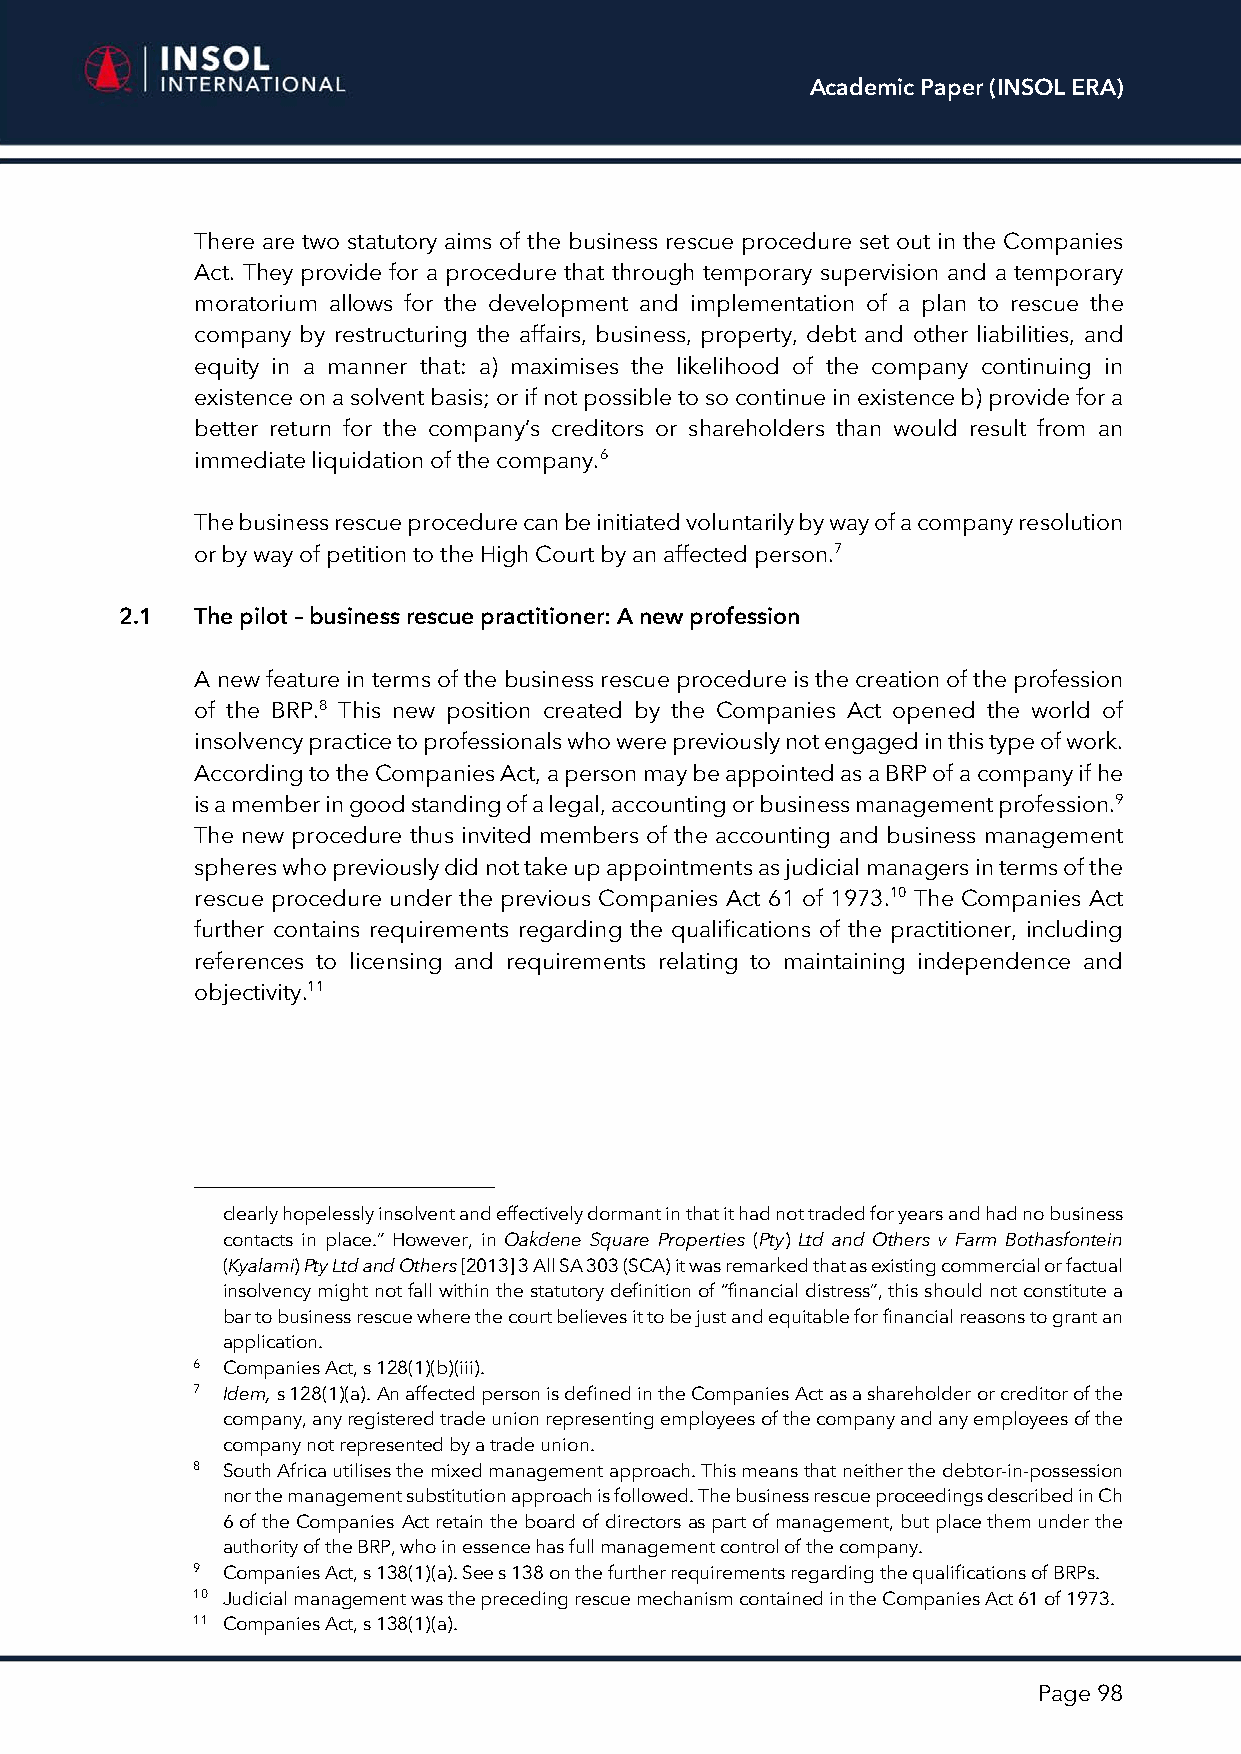
Academic Paper (INSOL ERA)
 There are two statutory aims of the business rescue procedure set out in the Companies
 Act. They provide for a procedure that through temporary supervision and a temporary
 moratorium allows for the development and implementation of a plan to rescue the
 company by restructuring the affairs, business, property, debt and other liabilities, and
 equity in a manner that: a) maximises the likelihood of the company continuing in
 existence on a solvent basis; or if not possible to so continue in existence b) provide for a
 better return for the company’s creditors or shareholders than would result from an
 immediate liquidation of the company.6
 The business rescue procedure can be initiated voluntarily by way of a company resolution
 or by way of petition to the High Court by an affected person.7
 2.1  The pilot – business rescue practitioner: A new profession
 A new feature in terms of the business rescue procedure is the creation of the profession
 of the BRP.8 This new position created by the Companies Act opened the world of
 insolvency practice to professionals who were previously not engaged in this type of work.
 According to the Companies Act, a person may be appointed as a BRP of a company if he
 is a member in good standing of a legal, accounting or business management profession.9
 The new procedure thus invited members of the accounting and business management
 spheres who previously did not take up appointments as judicial managers in terms of the
 rescue procedure under the previous Companies Act 61 of 1973.10 The Companies Act
 further contains requirements regarding the qualifications of the practitioner, including
 references to licensing and requirements relating to maintaining independence and
 objectivity.11
 clearly hopelessly insolvent and effectively dormant in that it had not traded for years and had no business
 contacts in place.” However, in Oakdene Square Properties (Pty) Ltd and Others v Farm Bothasfontein
 (Kyalami) Pty Ltd and Others [2013] 3 All SA 303 (SCA) it was remarked that as existing commercial or factual
 insolvency might not fall within the statutory definition of “financial distress”, this should not constitute a
 bar to business rescue where the court believes it to be just and equitable for financial reasons to grant an
 application.
 6 Companies Act, s 128(1)(b)(iii).
 7 Idem, s 128(1)(a). An affected person is defined in the Companies Act as a shareholder or creditor of the
 company, any registered trade union representing employees of the company and any employees of the
 company not represented by a trade union.
 8 South Africa utilises the mixed management approach. This means that neither the debtor-in-possession
 nor the management substitution approach is followed. The business rescue proceedings described in Ch
 6 of the Companies Act retain the board of directors as part of management, but place them under the
 authority of the BRP, who in essence has full management control of the company.
 9 Companies Act, s 138(1)(a). See s 138 on the further requirements regarding the qualifications of BRPs.
 10 Judicial management was the preceding rescue mechanism contained in the Companies Act 61 of 1973.
 11 Companies Act, s 138(1)(a).
 Page 98